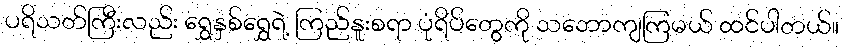
ပရိသတ်ကြီးလည်း ရွှေနှစ်ရွှေရဲ့ ကြည်နူးစရာ ပုံရိပ်တွေကို သဘောကျကြမယ် ထင်ပါတယ်။